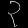
Digit: ၃